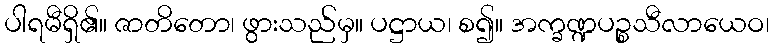
ပါရမီရှိ၏။ ဇာတိတော၊ ဖွားသည်မှ။ ပဋ္ဌာယ၊ စ၍။ အက္ခဏ္ဍပဉ္စသီလာယေဝ၊